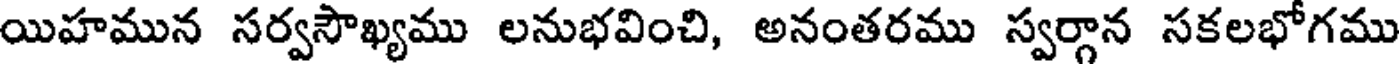
యిహమున సర్వసౌఖ్యము లనుభవించి, అనంతరము స్వర్గాన సకలభోగము